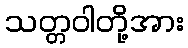
သတ္တဝါတို့အား